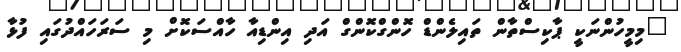
"މިމީހުންނަކީ ޕާކިސްތާން ތައިލެންޑް ހޮންގްކޮންގް އަދި އިންޑިއާ ހާއްސަކޮށް މި ސަރަހައްދުގައި ފުޅާ